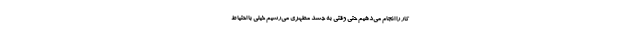
کار را انجام می‌دهیم حتی وقتی به جسد مطهری می‌رسیم خیلی با احتیاط